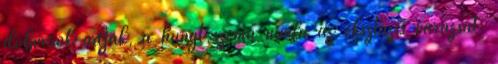
dobverők adják, a hunyt szemű nimfa az eksztázis varázsát.